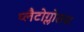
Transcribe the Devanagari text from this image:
प्लैटोग्लोसस